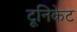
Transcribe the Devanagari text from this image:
टूनिकेट